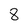
Character: 8